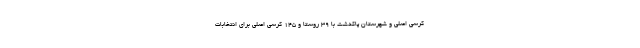
کرسی اصلی و شهرستان پاکدشت با ۳۹ روستا و ۱۴۵ کرسی اصلی برای انتخابات